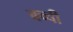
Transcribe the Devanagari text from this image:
बच्‍ची